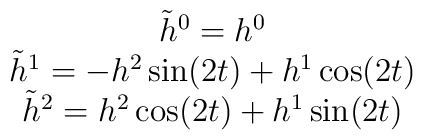
\matrix{\tilde h^0=h^0\cr\tilde h^1= -h^2\sin(2t) +h^1\cos(2t)\cr\tilde h^2= h^2\cos(2t) +h^1\sin(2t)}